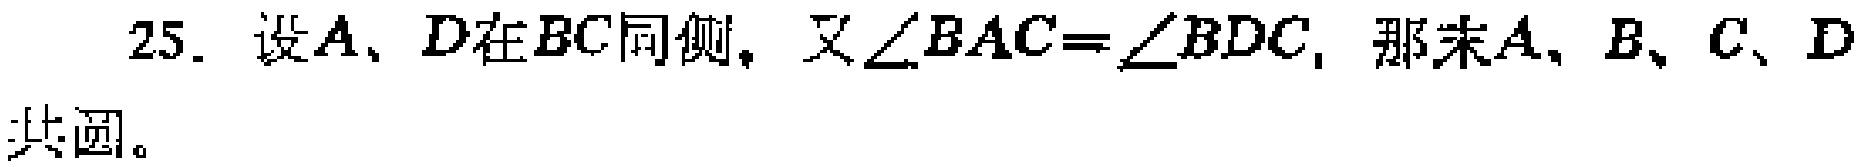
25. 设\(A\)、\(D\)在\(BC\)同侧，又\(\angle BAC = \angle BDC\)，那末\(A\)、\(B\)、\(C\)、\(D\)共圆。